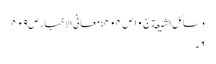
وسائل الشیعة ج١٠ ص ٤٠٤؛ معانی الاخبار ص٤٠٩
٦۔